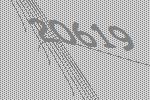
20619